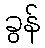
ခွန်